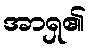
အာရှ၏